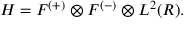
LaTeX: { \cal H } = { \cal F } ^ { ( + ) } \otimes { \cal F } ^ { ( - ) } \otimes { \cal L } ^ { 2 } ( R ) .